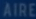
AIRE